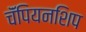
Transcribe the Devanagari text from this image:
चॅंपियनशिप